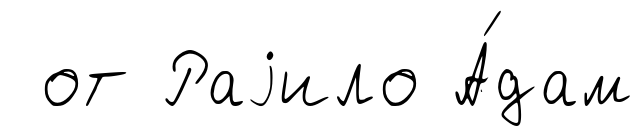
от Раjило А́дам